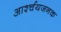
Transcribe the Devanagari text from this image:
आर्श्चयजनक